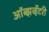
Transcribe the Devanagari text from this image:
ऑब्झर्व्हेटरी